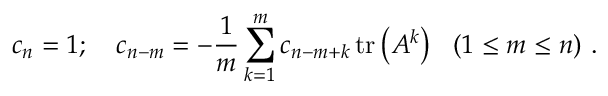
c _ { n } = 1 ; ~ ~ ~ c _ { n - m } = - { \frac { 1 } { m } } \sum _ { k = 1 } ^ { m } c _ { n - m + k } \operatorname { t r } \left( A ^ { k } \right) ~ ~ ( 1 \leq m \leq n ) ~ .